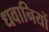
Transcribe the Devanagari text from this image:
धवानियों